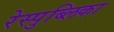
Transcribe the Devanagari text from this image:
रेस्पुब्लिका